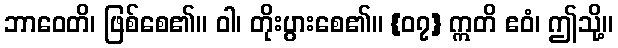
ဘာဝေတိ၊ ဖြစ်စေ၏။ ဝါ၊ တိုးပွားစေ၏။ {၀၇} ဣတိ ဧဝံ၊ ဤသို့။